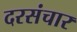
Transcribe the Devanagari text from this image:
दरसंचार